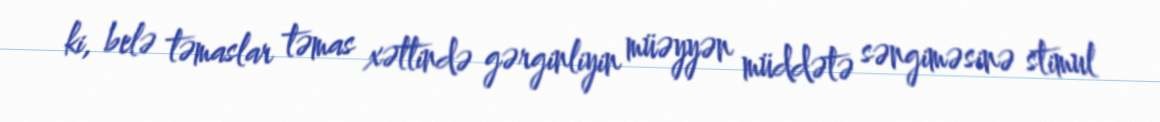
ki, belə təmaslar təmas xəttində gərginliyin müəyyən müddətə səngiməsinə stimul